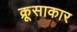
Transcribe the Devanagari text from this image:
क्रूसाकार